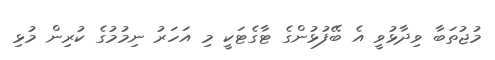
މުޖުތަބާ ވިދާޅުވީ އެ ބޭފުޅުންގެ ޓާގެޓަކީ މި އަހަރު ނިމުމުގެ ކުރިން މުޅި